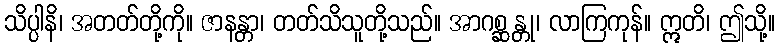
သိပ္ပါနိ၊ အတတ်တို့ကို။ ဇာနန္တာ၊ တတ်သိသူတို့သည်။ အာဂစ္ဆန္တု၊ လာကြကုန်။ ဣတိ၊ ဤသို့။